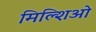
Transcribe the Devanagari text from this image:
मिल्शिओ